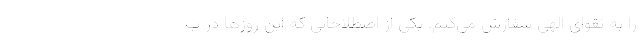
را به تقوای الهی سفارش می‌کنم. یکی از اصطلاحاتی که این روزها در ب